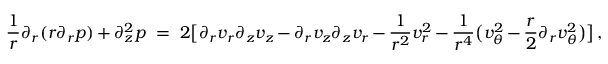
\frac 1 r \partial _ { r } ( r \partial _ { r } p ) + \partial _ { z } ^ { 2 } p \ = \ 2 \big [ \partial _ { r } v _ { r } \partial _ { z } v _ { z } - \partial _ { r } v _ { z } \partial _ { z } v _ { r } - \frac { 1 } { r ^ { 2 } } v _ { r } ^ { 2 } - \frac { 1 } { r ^ { 4 } } \big ( v _ { \theta } ^ { 2 } - \frac { r } { 2 } \partial _ { r } v _ { \theta } ^ { 2 } \big ) \big ] \, ,